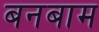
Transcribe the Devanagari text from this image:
बनबाम